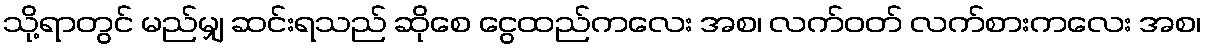
သို့ရာတွင် မည်မျှ ဆင်းရသည် ဆိုစေ ငွေထည်ကလေး အစ၊ လက်ဝတ် လက်စားကလေး အစ၊